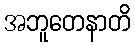
အဘူတေနာတိ